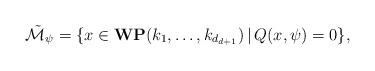
LaTeX: \begin{align*}\tilde{{\cal M}}_{\psi} = \{ x \in {\bf WP}(k_1, \ldots,k_{d_{d+1}}) \, | \, Q(x,\psi) = 0 \},\end{align*}